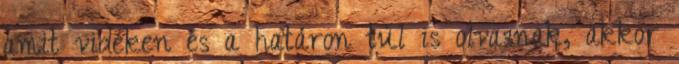
amit vidéken és a határon túl is olvasnak, akkor